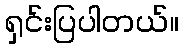
ရှင်းပြပါတယ်။